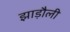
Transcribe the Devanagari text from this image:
झाड़ौली